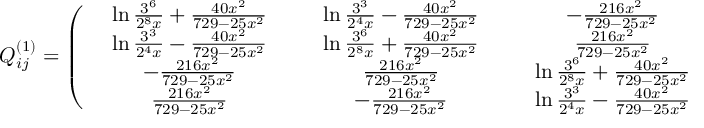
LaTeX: Q _ { i j } ^ { ( 1 ) } = \left( \begin{array} { c c c c } { { \; \; \; \ln \frac { 3 ^ { 6 } } { 2 ^ { 8 } x } + \frac { 4 0 x ^ { 2 } } { 7 2 9 - 2 5 x ^ { 2 } } \; \; \; } } & { { \; \; \; \ln \frac { 3 ^ { 3 } } { 2 ^ { 4 } x } - \frac { 4 0 x ^ { 2 } } { 7 2 9 - 2 5 x ^ { 2 } } \; \; \; } } & { { - \frac { 2 1 6 x ^ { 2 } } { 7 2 9 - 2 5 x ^ { 2 } } } } & { { \frac { 2 1 6 x ^ { 2 } } { 7 2 9 - 2 5 x ^ { 2 } } } } \\ { { \ln \frac { 3 ^ { 3 } } { 2 ^ { 4 } x } - \frac { 4 0 x ^ { 2 } } { 7 2 9 - 2 5 x ^ { 2 } } } } & { { \ln \frac { 3 ^ { 6 } } { 2 ^ { 8 } x } + \frac { 4 0 x ^ { 2 } } { 7 2 9 - 2 5 x ^ { 2 } } } } & { { \frac { 2 1 6 x ^ { 2 } } { 7 2 9 - 2 5 x ^ { 2 } } } } & { { - \frac { 2 1 6 x ^ { 2 } } { 7 2 9 - 2 5 x ^ { 2 } } } } \\ { { - \frac { 2 1 6 x ^ { 2 } } { 7 2 9 - 2 5 x ^ { 2 } } } } & { { \frac { 2 1 6 x ^ { 2 } } { 7 2 9 - 2 5 x ^ { 2 } } } } & { { \; \; \; \ln \frac { 3 ^ { 6 } } { 2 ^ { 8 } x } + \frac { 4 0 x ^ { 2 } } { 7 2 9 - 2 5 x ^ { 2 } } \; \; \; } } & { { \; \; \; \ln \frac { 3 ^ { 3 } } { 2 ^ { 4 } x } - \frac { 4 0 x ^ { 2 } } { 7 2 9 - 2 5 x ^ { 2 } } \; \; \; } } \\ { { \frac { 2 1 6 x ^ { 2 } } { 7 2 9 - 2 5 x ^ { 2 } } } } & { { - \frac { 2 1 6 x ^ { 2 } } { 7 2 9 - 2 5 x ^ { 2 } } } } & { { \ln \frac { 3 ^ { 3 } } { 2 ^ { 4 } x } - \frac { 4 0 x ^ { 2 } } { 7 2 9 - 2 5 x ^ { 2 } } } } & { { \ln \frac { 3 ^ { 6 } } { 2 ^ { 8 } x } + \frac { 4 0 x ^ { 2 } } { 7 2 9 - 2 5 x ^ { 2 } } } } \end{array} \right)